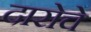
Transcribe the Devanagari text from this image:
दारोचे